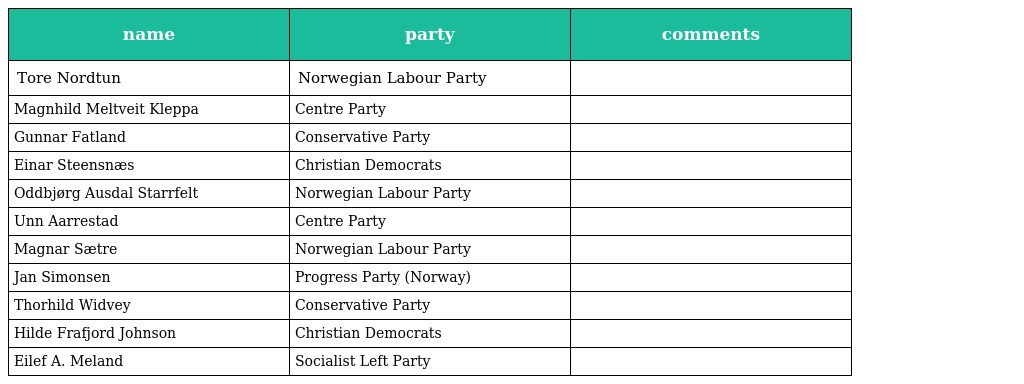
| name | party | comments |
 | --- | --- | --- |
 | Tore Nordtun | Norwegian Labour Party |  |
 | Magnhild Meltveit Kleppa | Centre Party |  |
 | Gunnar Fatland | Conservative Party |  |
 | Einar Steensnæs | Christian Democrats |  |
 | Oddbjørg Ausdal Starrfelt | Norwegian Labour Party |  |
 | Unn Aarrestad | Centre Party |  |
 | Magnar Sætre | Norwegian Labour Party |  |
 | Jan Simonsen | Progress Party (Norway) |  |
 | Thorhild Widvey | Conservative Party |  |
 | Hilde Frafjord Johnson | Christian Democrats |  |
 | Eilef A. Meland | Socialist Left Party |  |